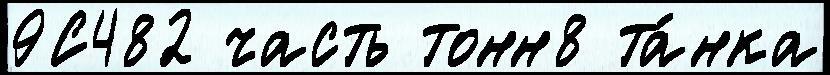
9С482 часть тонн8 та́нка